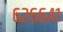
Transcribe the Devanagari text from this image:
६२६६४१